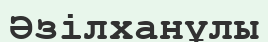
Әзілханұлы